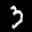
Label: 3